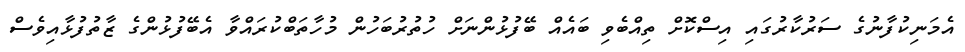
އެމަނިކުފާނުގެ ސަރުކާރުގައި އިސްކޮށް ތިއްބެވި ބައެއް ބޭފުޅުންނަށް ހުތުރުބަހުން މުހާތަބްކުރައްވާ އެބޭފުޅުންގެ ޒާތުފުޅާއިވެސް